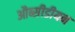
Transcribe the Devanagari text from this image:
औब्सीडीयन